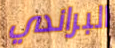
البراندي